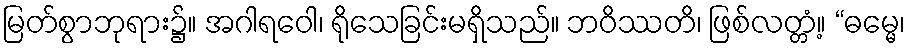
မြတ်စွာဘုရား၌။ အဂါရဝေါ၊ ရိုသေခြင်းမရှိသည်။ ဘဝိဿတိ၊ ဖြစ်လတ္တံ့။ “ဓမ္မေ၊